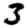
Digit: 3